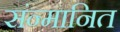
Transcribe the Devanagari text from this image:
संन्मानित